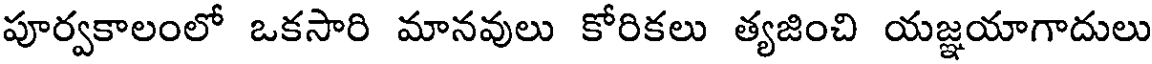
పూర్వకాలంలో ఒకసారి మానవులు కోరికలు త్యజించి యజ్ఞయాగాదులు